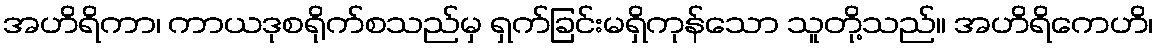
အဟိရိကာ၊ ကာယဒုစရိုက်စသည်မှ ရှက်ခြင်းမရှိကုန်သော သူတို့သည်။ အဟိရိကေဟိ၊